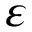
\varepsilon